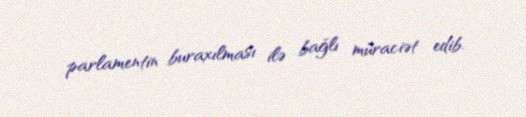
parlamentin buraxılması ilə bağlı müraciət edib.